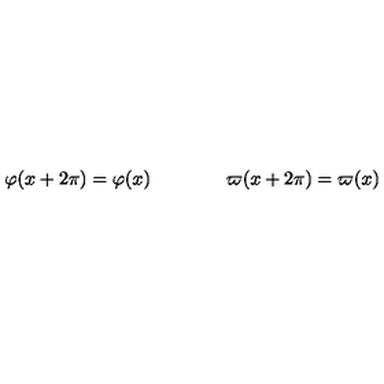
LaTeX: \varphi ( x + 2 \pi ) = \varphi ( x ) \qquad \qquad \varpi ( x + 2 \pi ) = \varpi ( x )